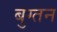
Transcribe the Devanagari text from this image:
बुग्तन